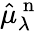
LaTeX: \hat{\mu}_{\lambda}^{\mathrm{~n~}}